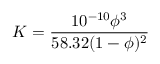
K = \frac { 1 0 ^ { - 1 0 } \phi ^ { 3 } } { 5 8 . 3 2 ( 1 - \phi ) ^ { 2 } }